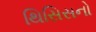
થિસિસનો